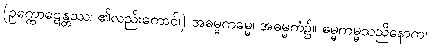
(ဥက္ကောဋေန္တဿ၊ ၏လည်းကောင်၊) အဓမ္မကမ္မေ၊ အဓမ္မကံ၌။ ဓမ္မကမ္မသညိနောက၊